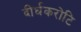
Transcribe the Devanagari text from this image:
दीर्घकरोटि